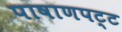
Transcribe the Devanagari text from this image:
पाषाणपट्ट